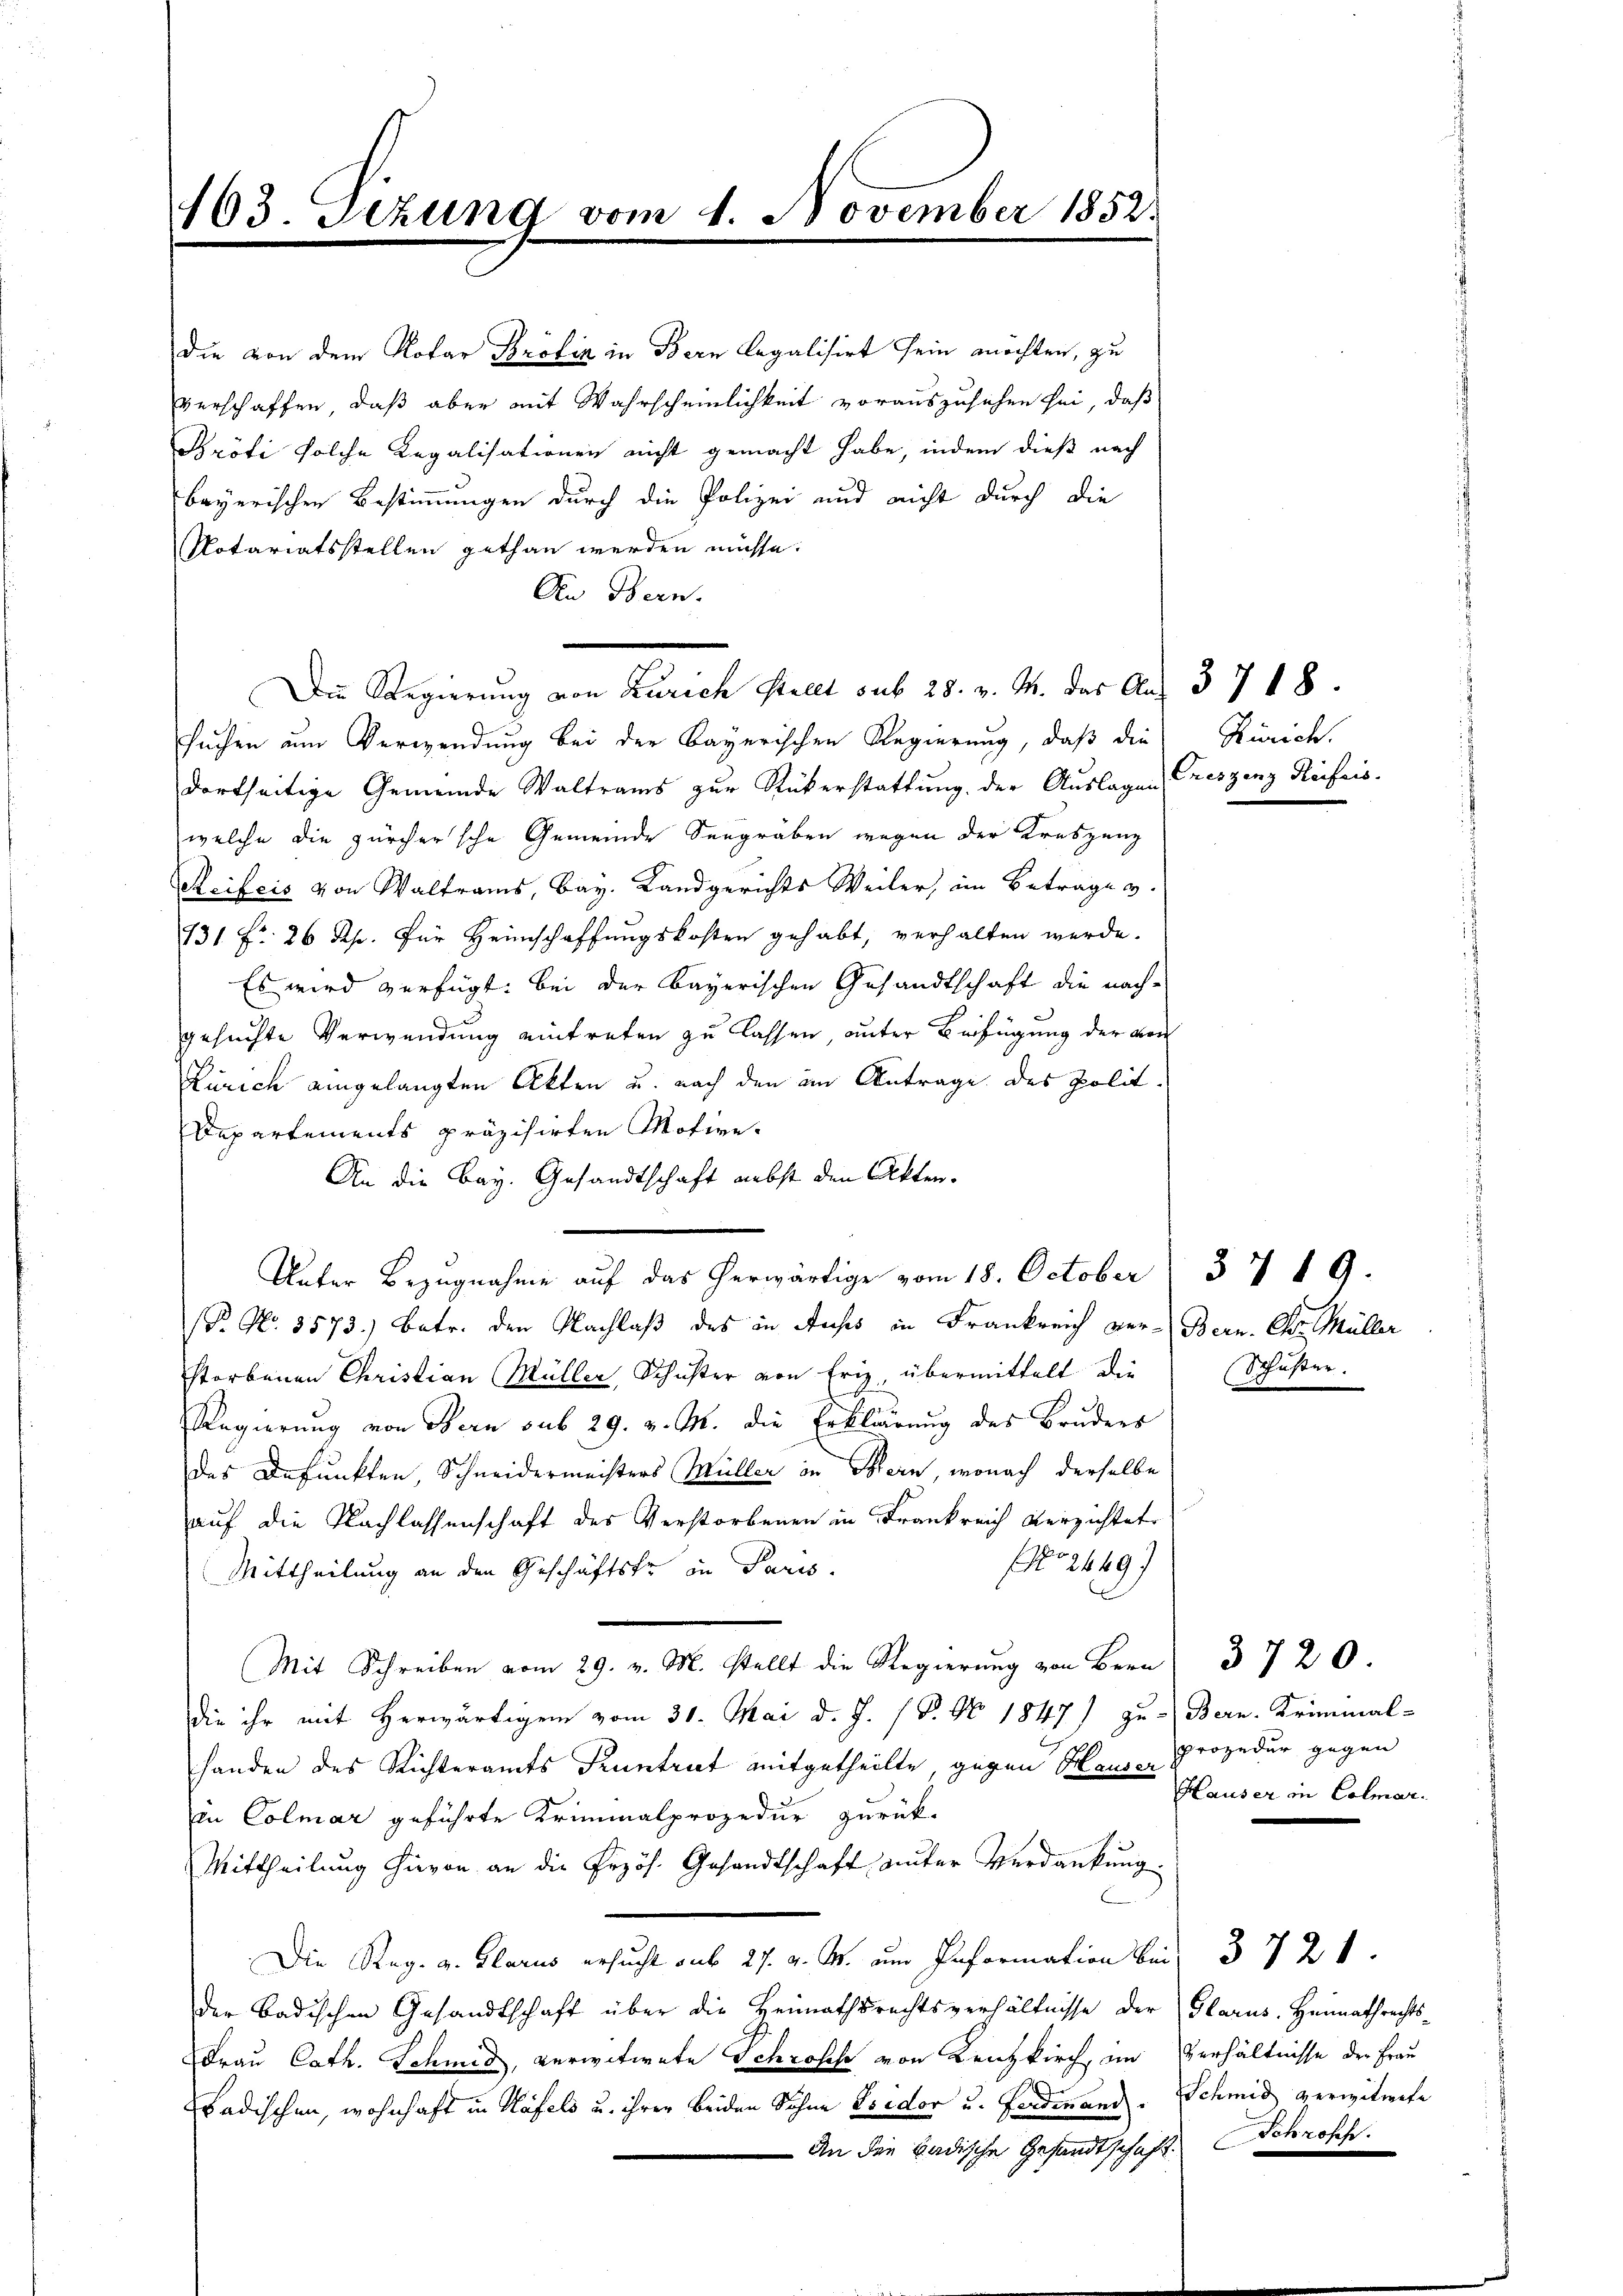
103. Sezung vom 1. November 1852.

die von dem Notar Brotiz in Bern legalisirt sein möchten, zu
verschaffen, daß aber mit Wahrscheinlichkeit vorauszusehen sei, daß
Pröti solche Regalisationen nicht gemacht habe, indem dieß nach
bayerischen Bestimmungen durch die Polizei und nicht durch die
Notariatsstellen gethan werden müsse.
An Bern.
suchen um Verwendung bei der Bayerischen Regierung, daß die Zürich,
dortseitige Gemeinde Waltrams zur Rükerstattung der Auslagen Creszenz Reifris
welche die zürchersche Gemeinde Seegräben wegen der Kreszenz
Reifeis von Waltrams, Bay. Landgerichts Weiler, im Betrage v.
131 f. 26 Rp. für Heimschaffungskosten gehabt, verhalten werde.
Es wird verfügt: bei der Bayerischen Gesandtschaft die nachgesuchte Verwendung eintreten zu lassen, unter Beifügung der von
Zürich eingelangten Akten u. nach den im Antrage des Polit.
Departements präzisirten Motive.
An die Bay. Gesandtschaft nebst den Akten.
Unter Bezugnahme auf das herwärtige vom 18. October
P. Nr. 3573.) Betr. den Nachlaß des in Auses in Frankreich ver- Bern. Chr. Müller
storbenen Christian Müller, Schuster von Friz, übermittelt die
Regierung von Bern sub 29. v. M. die Erklärung des Bruders
des Befunkten, Schneidermeisters Müller in Bern, wonach derselbe
auf die Nachlassenschaft des Verstorbenen in Frankreich verzichtete
2449)
Mittheilung an den Geschäftske in Paris.
Mit Schreiben vom 29. v. M. stellt die Regierung von Bern
die ihr mit Herwärtigen vom 31. Mai d. J. P. Nr. 1847) zu Bern. Kriminal-
handen des Richteramts Pruntrut mitgetheilte, gegen Haus Prozedur gegen
in Colmar geführte Kriminalprozedur zurück¬
Mittheilung hievon an die Erzös. Gesandtschaft unter Verdankung.
Die Reg. v. Glarus ersucht aus 27. v. M. um Information bei 3721.
der Badischen Gesandtschaft über die Heimathsrechtsverhältnisse der
Frau Cath. Schmid, verwitwete Schrosch von Kenzkirch, im
badischen, wohnhaft in Häfels u. ihrer beiden Sohne Fridor u. Ferdinand
— An die badische Gesandtschaft

Die Regierung von Zürich stellt sub 28. v. M. das Aug. 37 18.

3719.
Schuster.

3720.
Hauser in Colmar.

Glarus, Heimathrechts-
Verhältnisse der Frau
Schmid verwitwete
Schroff